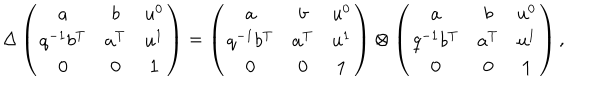
\Delta \left( \begin{matrix} { { a } } & { { b } } & { { u ^ { 0 } } } \\ { { q ^ { - 1 } b ^ { \mathrm { T } } } } & { { a ^ { \mathrm { T } } } } & { { u ^ { 1 } } } \\ { { 0 } } & { { 0 } } & { { { \bf 1 } } } \\ \end{matrix} \right) = \left( \begin{matrix} { { a } } & { { b } } & { { u ^ { 0 } } } \\ { { q ^ { - 1 } b ^ { \mathrm { T } } } } & { { a ^ { \mathrm { T } } } } & { { u ^ { 1 } } } \\ { { 0 } } & { { 0 } } & { { { \bf 1 } } } \\ \end{matrix} \right) \otimes \left( \begin{matrix} { { a } } & { { b } } & { { u ^ { 0 } } } \\ { { q ^ { - 1 } b ^ { \mathrm { T } } } } & { { a ^ { \mathrm { T } } } } & { { u ^ { 1 } } } \\ { { 0 } } & { { 0 } } & { { { \bf 1 } } } \\ \end{matrix} \right) ,